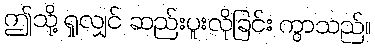
ဤသို့ ရှုလျှင် ဆည်းပူးလိုခြင်း ကွာသည်။